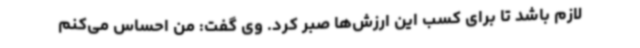
لازم باشد تا برای کسب این ارزش‌ها صبر کرد. وی گفت: من احساس می‌کنم